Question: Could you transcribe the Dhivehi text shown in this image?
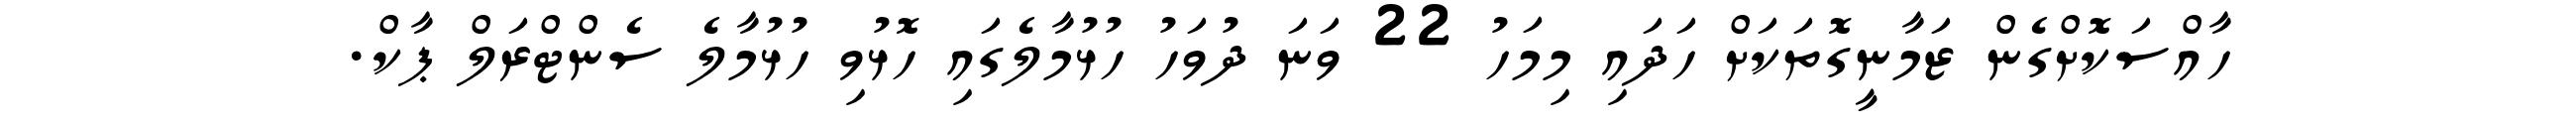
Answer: ހާއްސަކޮށްގެން ޒަމާނީގޮތަކަށް ހަދައި މިމަހު 22 ވަނަ ދުވަހު ހުޅުމާލެގައި ހޮޅުވި ހުޅުމާލެ ސެންޓްރަލް ޕާކް.